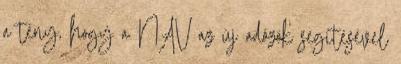
a tény, hogy a NAV az új adózók segítésével